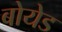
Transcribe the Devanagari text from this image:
बोयेड